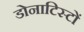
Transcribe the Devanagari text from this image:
डोनाटिस्टों